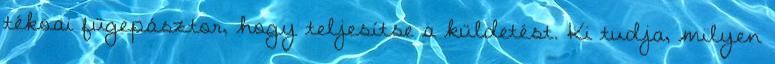
tékoai fügepásztor, hogy teljesítse a küldetést. Ki tudja, milyen